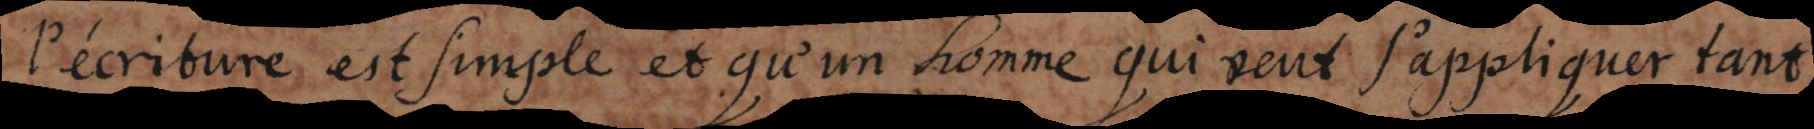
l’écriture est simple et qu’un homme qui veut s’appliquer tant